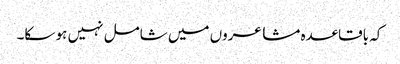
کہ باقاعدہ مشاعروں میں شامل نہیں ہو سکا۔